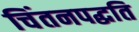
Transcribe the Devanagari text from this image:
चिंतनपद्धति